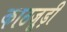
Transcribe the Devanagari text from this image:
काठजूड़ी